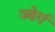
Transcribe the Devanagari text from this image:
ज्वेर्ग